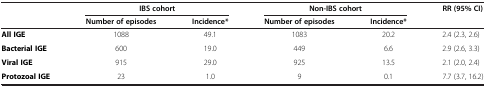
<table><thead><tr><td><b> </b></td><td colspan="2"><b>IBS cohort</b></td><td colspan="2"><b>Non-IBS cohort</b></td><td><b>RR (95% CI)</b></td></tr><tr><td><b> </b></td><td><b>Number of episodes</b></td><td><b>Incidence*</b></td><td><b>Number of episodes</b></td><td><b>Incidence*</b></td><td><b> </b></td></tr></thead><tbody><tr><td><b>All IGE</b></td><td>1088</td><td>49.1</td><td>1083</td><td>20.2</td><td>2.4 (2.3, 2.6)</td></tr><tr><td><b>Bacterial IGE</b></td><td>600</td><td>19.0</td><td>449</td><td>6.6</td><td>2.9 (2.6, 3.3)</td></tr><tr><td><b>Viral IGE</b></td><td>915</td><td>29.0</td><td>925</td><td>13.5</td><td>2.1 (2.0, 2.4)</td></tr><tr><td><b>Protozoal IGE</b></td><td>23</td><td>1.0</td><td>9</td><td>0.1</td><td>7.7 (3.7, 16.2)</td></tr></tbody></table>